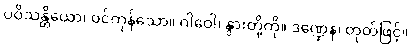
ပဝိသန္တိယော၊ ဝင်ကုန်သော။ ဂါဝေါ၊ နွားတို့ကို။ ဒဏ္ဍေန၊ တုတ်ဖြင့်။